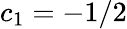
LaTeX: c_{1}=-1/2